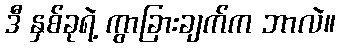
ဒီ နှစ်ခုရဲ့ ကွာခြားချက်က ဘာလဲ။